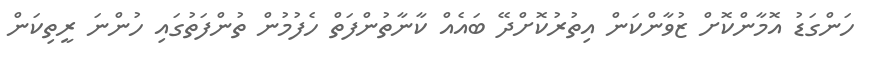
ހަންގަޑު އޮމާންކޮށް ޒުވާންކަން އިތުރުކޮށްދޭ ބައެއް ކާނާތުންފަތް ހެފުމުން ތުންފަތުގައި ހުންނަ ރީތިކަން